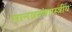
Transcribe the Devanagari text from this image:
मानवशंशास्त्रीय